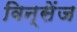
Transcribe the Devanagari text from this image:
विन्सेंज